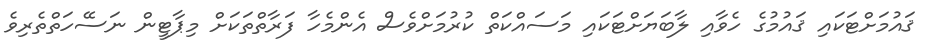
ޤައުމަށްޓަކައި ޤައުމުގެ ހެވާއި ލާބަޔަށްޓަކައި މަސައްކަތް ކުރުމަށްވެސް އެންމެހާ ފަރާތްތަކަށް މިޕާޓީން ނަސޭހަތްތެރިވެ